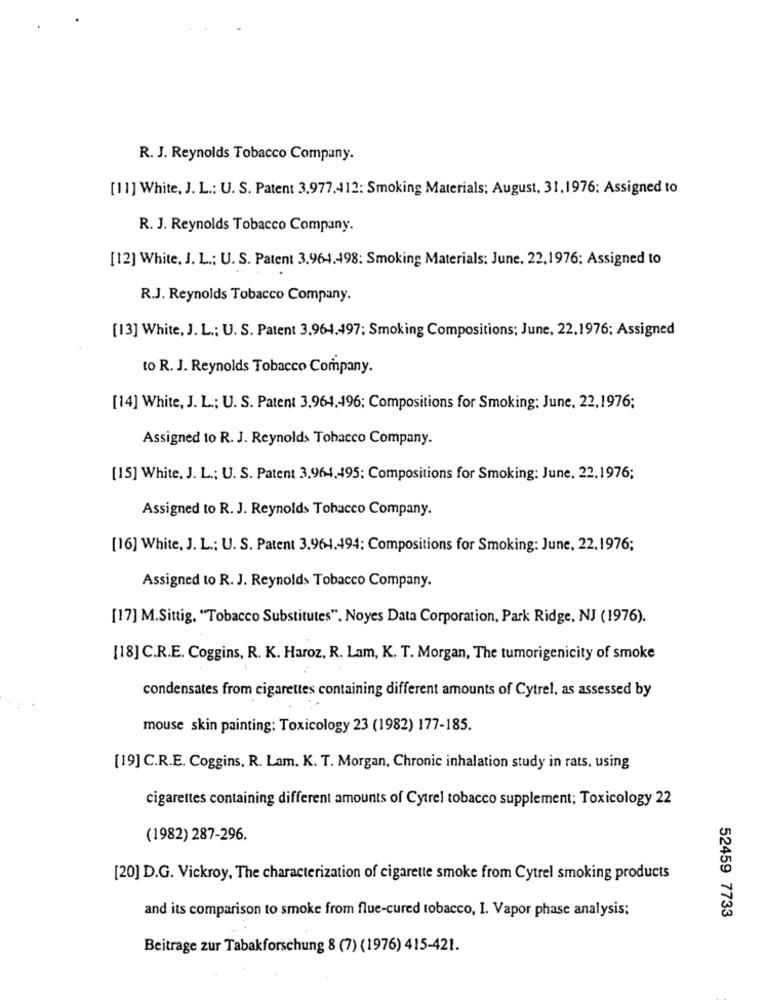
R. J. Reynolds Tobacco Company.
[11] White, J. L .: U. S. Patent 3.977.412: Smoking Materials; August. 31,1976: Assigned to
R. J. Reynolds Tobacco Company.
[12] White, J. L .; U. S. Patent 3.964.498: Smoking Materials: June, 22,1976; Assigned to
R.J. Reynolds Tobacco Company.
[13] White, J. L .; U. S. Patent 3.964.497: Smoking Compositions; June, 22,1976; Assigned
to R. J. Reynolds Tobacco Company.
[14] White, J. L .; U. S. Patent 3,964,496; Compositions for Smoking: June, 22,1976;
Assigned to R. J. Reynolds Tobacco Company.
[15] White, J. L .; U. S. Patent 3.964.495: Compositions for Smoking: June, 22,1976;
Assigned to R. J. Reynolds Tobacco Company.
[16] White, J. L .; U. S. Patent 3.964.494; Compositions for Smoking: June, 22.1976;
Assigned to R. J. Reynolds Tobacco Company.
[17] M.Sittig, "Tobacco Substitutes". Noyes Data Corporation, Park Ridge, NJ (1976).
[18] C.R.E. Coggins, R. K. Haroz, R. Lam, K. T. Morgan, The tumorigenicity of smoke
condensates from cigarettes containing different amounts of Cytrel, as assessed by
mouse skin painting: Toxicology 23 (1982) 177-185.
[19] C.R.E. Coggins. R. Lam. K. T. Morgan, Chronic inhalation study in rats, using
cigarettes containing different amounts of Cytrel tobacco supplement; Toxicology 22
(1982) 287-296.
[20] D.G. Vickroy, The characterization of cigarette smoke from Cytrel smoking products
52459 7733
and its comparison to smoke from flue-cured tobacco, I. Vapor phase analysis;
Beitrage zur Tabakforschung 8 (7) (1976) 415-421.